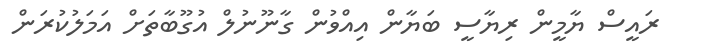
ރައީސް ޔާމީން ރިޔާސީ ބަޔާން އިއްވުން ގާނޫނުލް އުގޫބާތަށް އަމަލުކުރަން